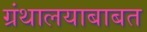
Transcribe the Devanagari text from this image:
ग्रंथालयाबाबत